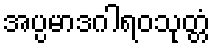
အပ္ပမာဒဂါရဝသုတ္တံ